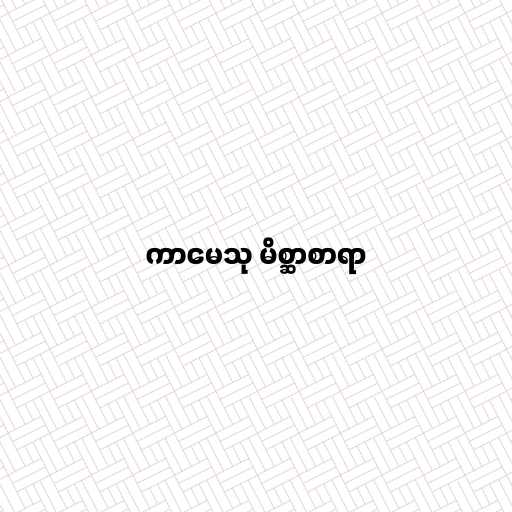
ကာမေသု မိစ္ဆာစာရာ